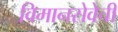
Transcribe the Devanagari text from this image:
विमानसेवेची